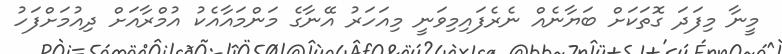
މީނާ މިފަދަ ގޮތަކަށް ބަޔާނެއް ނެރެފައިމިވަނީ މިއަހަރު އޭނާގެ މަންމައާއެކު އުމްރާއަށް ދިއުމަށްފަހު